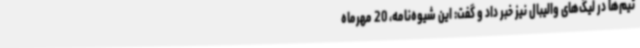
تیم‌ها در لیگ‌های والیبال نیز خبر داد و گفت: این شیوه‌نامه، 20 مهرماه